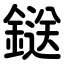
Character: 鎹